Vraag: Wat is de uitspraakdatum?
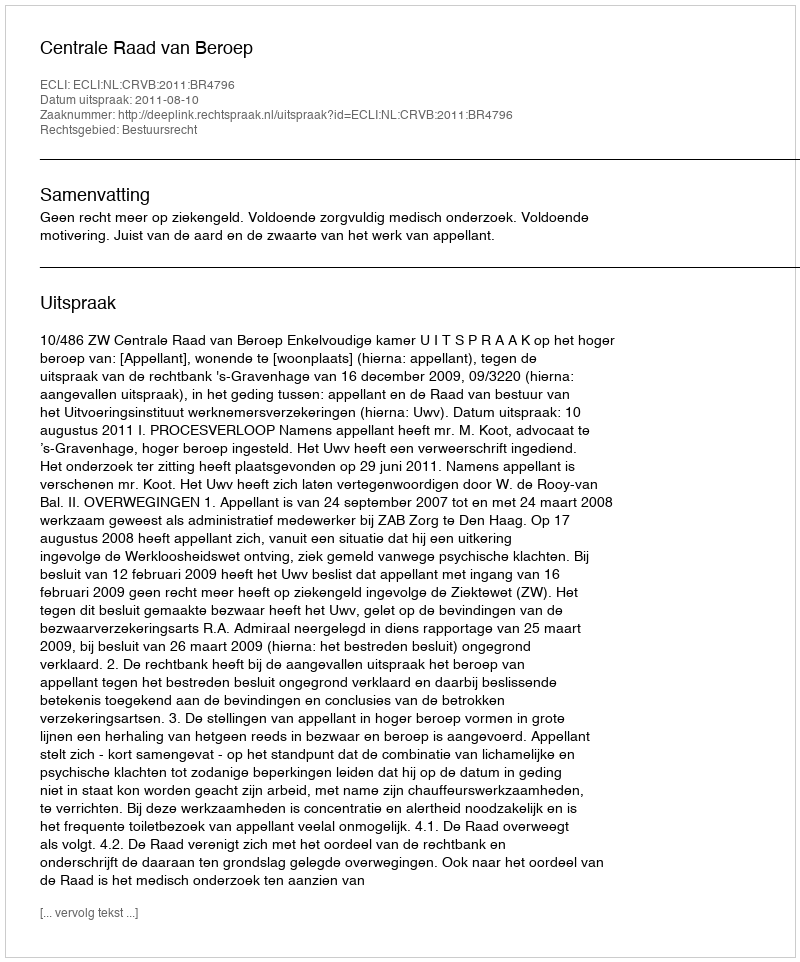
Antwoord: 2011-08-10